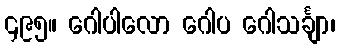
၄၉၅။ ဂေါပါလော ဂေါပ ဂေါသင်္ချာ၊